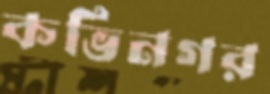
কভিনগর